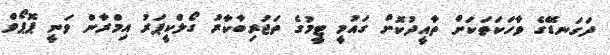
ދަގަނޑޭގެ ވާހަކަތަކަށް ތާއީދުކޮށް ގައުމީ ޓީމުގެ ތަޖުރިބާކާރު ގޯލްކީޕަރު އިމްރާން ވަނީ ޕޮޕޯވް